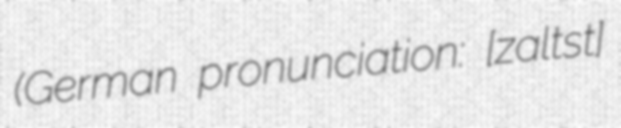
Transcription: (German pronunciation: [zalt͡sˈɡɪtɐ]